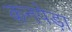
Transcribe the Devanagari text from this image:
कनपेड़ा